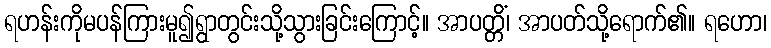
ရဟန်းကိုမပန်ကြားမူ၍ရွာတွင်းသို့သွားခြင်းကြောင့်။ အာပတ္တိံ၊ အာပတ်သို့ရောက်၏။ ရဟော၊